Vaccination Hyderabad 1872-1889 - 1872-1889
Year: 1872
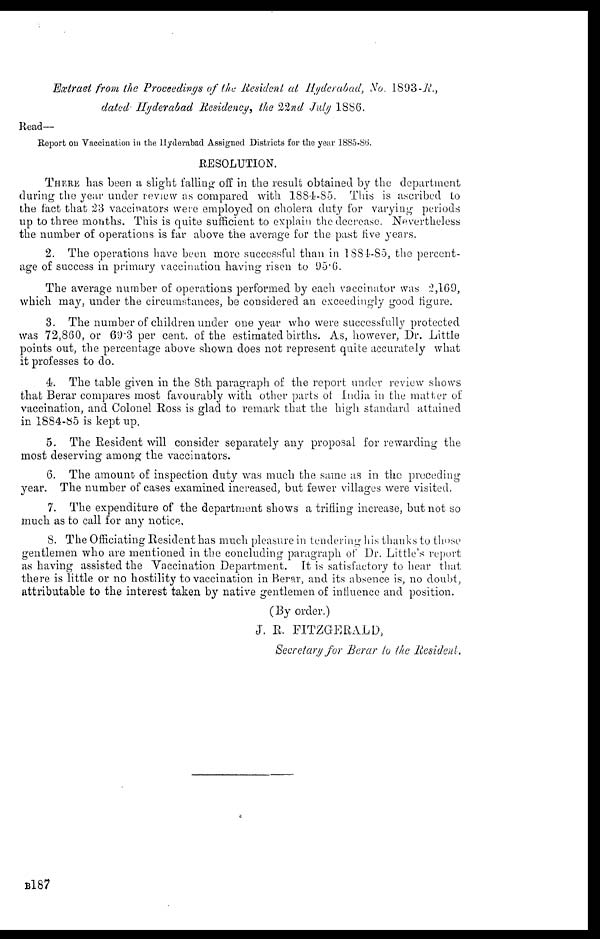
Extract from the Proceedings of the Resident at Hyderabad, No. 1893-R.,
dated Hyderabad Residency, the 22nd July 1886.
Read—
Report on Vaccination in the Hyderabad Assigned Districts for the year 1885-86.
RESOLUTION.
THERE has been a slight falling off in the result obtained by the department
during the year under review as compared with 1884-85. This is ascribed to
the fact that 23 vaccinators were employed on cholera duty for varying periods
up to three months. This is quite sufficient to explain the decrease. Nevertheless
the number of operations is far above the average for the past five years.
2. The operations have been more successful than in 1884-85, the percent-
age of success in primary vaccination having risen to 95.6.
The average number of operations performed by each vaccinator was 2,169,
which may, under the circumstances, be considered an exceedingly good figure.
3. The number of children under one year who were successfully protected
was 72,860, or 69.3 per cent. of the estimated births. As, however, Dr. Little
points out, the percentage above shown does not represent quite accurately what
it professes to do.
4. The table given in the 8th paragraph of the report under review shows
that Berar compares most favourably with other parts of India in the matter of
vaccination, and Colonel Ross is glad to remark that the high standard attained
in 1884-85 is kept up.
5. The Resident will consider separately any proposal for rewarding the
most deserving among the vaccinators.
6. The amount of inspection duty was much the same as in the preceding
year. The number of cases examined increased, but fewer villages were visited.
7. The expenditure of the department shows a trifling increase, but not so
much as to call for any notice.
8. The Officiating Resident has much pleasure in tendering his thanks to those
gentlemen who are mentioned in the concluding paragraph of Dr. Little's report
as having assisted the Vaccination Department. It is satisfactory to hear that
there is little or no hostility to vaccination in Berar, and its absence is, no doubt,
attributable to the interest taken by native gentlemen of influence and position.
(By order.)
J. R. FITZGERALD,
Secretary for Berar to the Resident.
B187